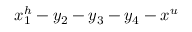
x _ { 1 } ^ { h } - y _ { 2 } - y _ { 3 } - y _ { 4 } - x ^ { u }